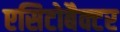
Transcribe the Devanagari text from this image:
एसिटोबैक्टर